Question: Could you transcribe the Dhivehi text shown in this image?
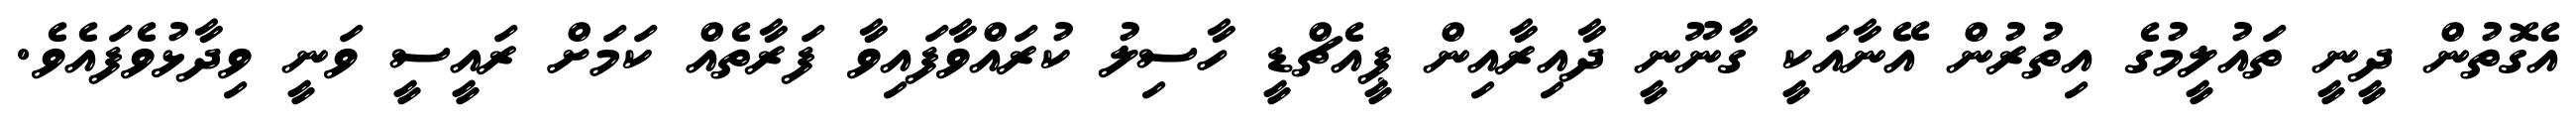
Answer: އެގޮތުން ދީނީ ތައުލީމުގެ އިތުރުން އޭނާއަކީ ގާނޫނީ ދާއިރާއިން ޕީއެޗްޑީ ހާސިލު ކުރައްވާފައިވާ ފަރާތެއް ކަމަށް ރައީސީ ވަނީ ވިދާޅުވެފައެވެ.